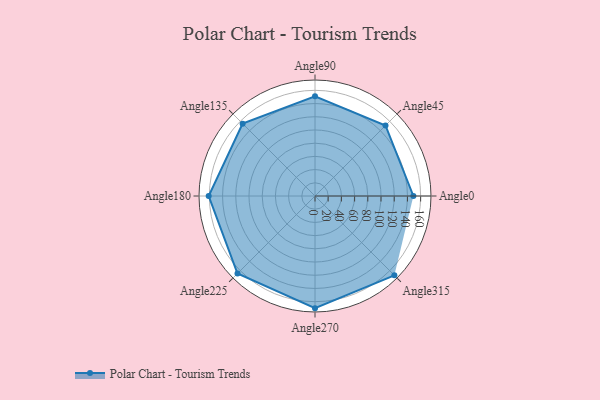
{"axis": {"x": "Angle", "y": "Radius"}, "legend": [""], "data": [{"x": "Angle0", "y": 149.0, "type": ""}, {"x": "Angle45", "y": 151.0, "type": ""}, {"x": "Angle90", "y": 151.0, "type": ""}, {"x": "Angle135", "y": 155.0, "type": ""}, {"x": "Angle180", "y": 161.0, "type": ""}, {"x": "Angle225", "y": 166.0, "type": ""}, {"x": "Angle270", "y": 170.0, "type": ""}, {"x": "Angle315", "y": 170, "type": ""}]}